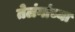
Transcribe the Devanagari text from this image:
तेलंगांच्या